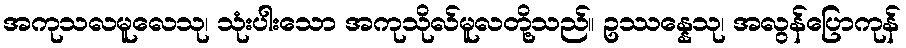
အကုသလမူလေသု၊ သုံးပါးသော အကုသိုလ်မူလတို့သည်။ ဥဿန္နေသု၊ အလွန်ပြောကုန်